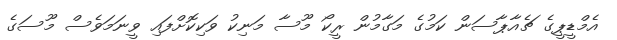
އެމްޑީޕީގެ ޗެއާޕާސަން ކަމުގެ މަގާމުން ރީކޯ މޫސާ މަނިކު ވަކިކޮށްފައި ވީނަމަވެސް މޫސަގެ